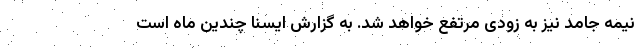
نیمه جامد نیز به زودی مرتفع خواهد شد. به گزارش ایسنا چندین ماه است